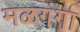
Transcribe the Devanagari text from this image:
मळगंगा